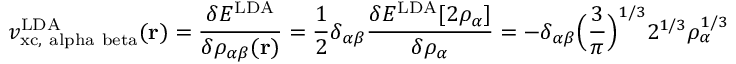
v _ { \mathrm { { x c , \ a l p h a \ b e t a } } } ^ { \mathrm { L D A } } ( \mathbf { r } ) = { \frac { \delta E ^ { \mathrm { L D A } } } { \delta \rho _ { \alpha \beta } ( \mathbf { r } ) } } = { \frac { 1 } { 2 } } \delta _ { \alpha \beta } { \frac { \delta E ^ { \mathrm { L D A } } [ 2 \rho _ { \alpha } ] } { \delta \rho _ { \alpha } } } = - \delta _ { \alpha \beta } { \Big ( } { \frac { 3 } { \pi } } { \Big ) } ^ { 1 / 3 } 2 ^ { 1 / 3 } \rho _ { \alpha } ^ { 1 / 3 }